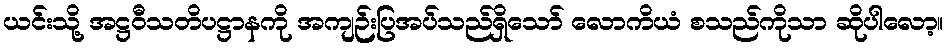
ယင်းသို့ အဋ္ဌဝီသတိပဋ္ဌာနကို အကျဉ်းပြအပ်သည်ရှိသော် လောကိယံ စသည်ကိုသာ ဆိုပါလော့။